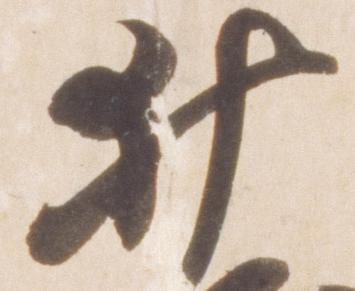
井